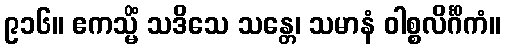
၉၁၆။ ဧကသ္မိံ သဒိသေ သန္တေ၊ သမာနံ ဝါစ္စလိင်္ဂိကံ။